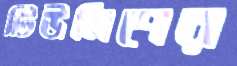
টিউলিপের